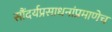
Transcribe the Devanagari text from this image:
सौंदर्यप्रसाधनांप्रमाणेच